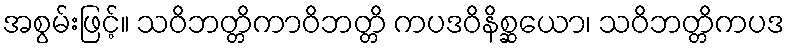
အစွမ်းဖြင့်။ သဝိဘတ္တိကာဝိဘတ္တိ ကပဒဝိနိစ္ဆယော၊ သဝိဘတ္တိကပဒ